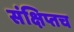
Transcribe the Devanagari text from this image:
संक्षिप्तच